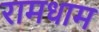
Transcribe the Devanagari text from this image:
रामधाम